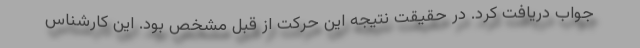
جواب دریافت کرد. در حقیقت نتیجه این حرکت از قبل مشخص بود. این کارشناس